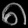
Digit: ၈